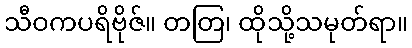
သီဝကပရိဗိုဇ်။ တတြ၊ ထိုသို့သမုတ်ရာ။